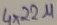
Text: 4x22µ